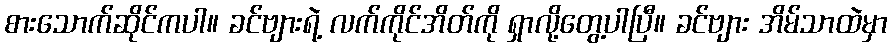
စားသောက်ဆိုင်ကပါ။ ခင်ဗျားရဲ့ လက်ကိုင်အိတ်ကို ရှာလို့တွေ့ပါပြီ။ ခင်ဗျား အိမ်သာထဲမှာ